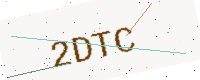
Text: 2DTC